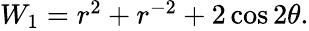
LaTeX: \begin{array}{r}{W_{1}=r^{2}+r^{-2}+2\cos 2\theta.}\end{array}